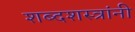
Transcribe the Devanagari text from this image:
शब्दशस्त्रांनी